Annual administration report of the Civil Veterinary Department of India - 1898-1899
Year: 1898
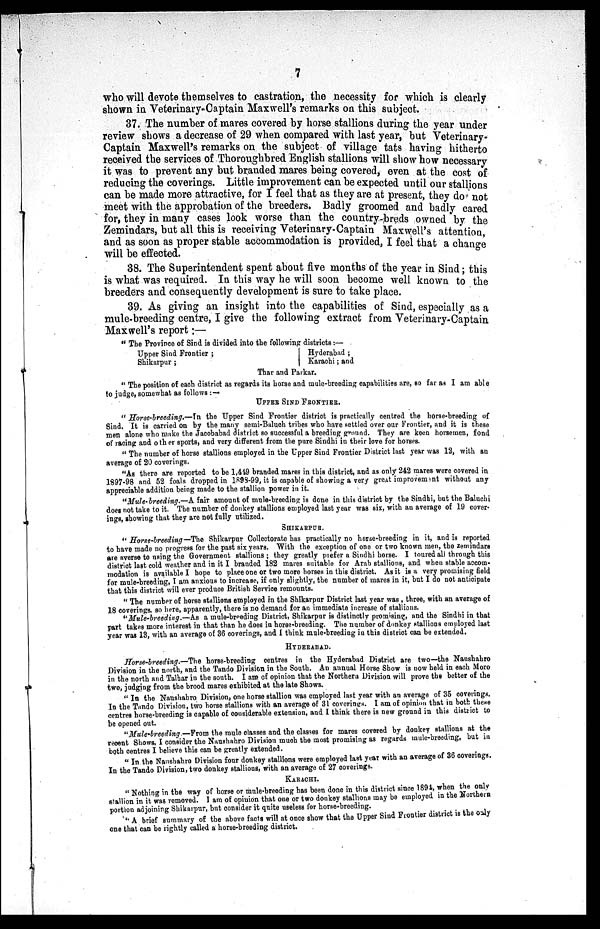
7
who will devote themselves to castration, the necessity for which is clearly
shown in Veterinary-Captain Maxwell's remarks on this subject.
37. The number of mares covered by horse stallions during the year under
review shows a decrease of 29 when compared with last year, but Veterinary-
Captain Maxwell's remarks on the subject of village tats having hitherto
received the services of Thoroughbred English stallions will show how necessary
it was to prevent any but branded mares being covered, even at the cost of
reducing the coverings. Little improvement can be expected until our stallions
can be made more attractive, for I feel that as they are at present, they do not
meet with the approbation of the breeders. Badly groomed and badly cared
for, they in many cases look worse than the country-breds owned by the
Zemindars, but all this is receiving Veterinary-Captain Maxwell's attention
and as soon as proper stable accommodation is provided, I feel that a change
will be effected.
38. The Superintendent spent about five months of the year in Sind; this
is what was required. In this way he will soon become well known to the
breeders and consequently development is sure to take place.
39. As giving an insight into the capabilities of Sind, especially as a
mule-breeding centre, I give the following extract from Veterinary-Captain
Maxwell's report:—
"The Province of Sind is divided into the following districts:—
Upper Sind Frontier ;
|
Hyderabad;
Shikarpur;
| Karachi; and
Thar and Parkar.
"The position of each district as regards its horse and mule-breeding capabilities are, so far as I am able
to judge, somewhat as follows:—
UPPER SIND FRONTIER.
"Horse-breeding.—In the Upper Sind Frontier district is practically centred the horse-breeding of
Sind. It is carried on by the many semi-Baluch tribes who have settled over our Frontier, and it is these
men alone who make the Jacobabad district so successful a breeding ground. They are keen horsemen, fond
of racing and other sports, and very different from the pure Sindhi in their love for horses.
"The number of horse stallions employed in the Upper Sind Frontier District last year was 12, with an
average of 20 coverings.
"As there are reported to be 1,419 branded mares in this district, and as only 242 mares were covered in
1897-98 and 52 foals dropped in 1898-99, it is capable of showing a very great improvement without any
appreciable addition being made to the stallion power in it.
"Mule-breeding.—A fair amount of mule-breeding is done in this district by the Sindhi, but the Baluchi
does not take to it. The number of donkey stallions employed last year was six, with an average of 19 cover-
ings, showing that they are not fully utilized.
SHIKARPUR.
"Horse-breeding—The Shikarpur Collectorate has practically no horse-breeding in it, and is reported
to have made no progress for the past six years. With the exception of one or two known men, the zemindars
are averse to using the Government stallions; they greatly prefer a Sindhi horse. I toured all through this
district last cold weather and in it I branded 182 mares suitable for Arab stallions, and when stable accom-
modation is available I hope to place one or two more horses in this district. As it is a very promising field
for mule-breeding, I am anxious to increase, if only slightly, the number of mares in it, but I do not anticipate
that this district will ever produce British Service remounts.
"The number of horse stallions employed in the Shikarpur District last year was, three, with an average of
18 coverings, so here, apparently, there is no demand for an immediate increase of stallions.
"Mule-breeding.—As a mule-breeding District, Shikarpur is distinctly promising, and the Sindhi in that
part takes more interest in that than he does in horse-breeding. The number of donkey stallions employed last
year was 13, with an average of 36 coverings, and I think mule-breeding in this district can be extended.
HYDERABAD.
Horse-breeding.—The
horse-breeding centres in the Hyderabad District are two—the Naushahro
Division in the north, and the Tando Division in the South. An annual Horse Show is now held in each Moro
in the north and Talhar in the south. I am of opinion that the Northern Division will prove the better of the
two, judging from the brood mares exhibited at the late Shows.
"In the Nanshabro Division, one horse stallion was employed last year with an average of 35 coverings.
In the Tando Division, two horse stallions with an average of 31 coverings. I am of opinion that in both these
centres horse-breeding is capable of considerable extension, and I think there is new ground in this district to
be opened out.
"Mule-breeding.—From the mule classes and the classes for mares covered by donkey stallions at the
recent Shows, I consider the Naushahro Division much the most promising as regards mule-breeding, but in
both centres I believe this can be greatly extended.
"In the Nanshahro Division four donkey stallions were employed last year with an average of 36 coverings.
In the Tando Division, two donkey stallions, with an average of 27 coverings.
KARACHI.
"Nothing in the way of horse or mule-breeding has been done in this district since 1894, when the only
stallion in it was removed. I am of opinion that one or two donkey stallions may be employed in the Northern
portion adjoining Shikarpur, but consider it quite useless for horse-breeding.
"A brief summary of the above facts will at once show that the Upper Sind Frontier district is the only
one that can be rightly called a horse-breeding district.